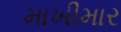
માખીમાર